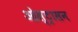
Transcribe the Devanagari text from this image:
ओस्ट्रासन